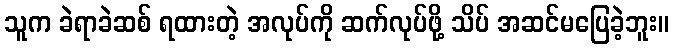
သူက ခဲရာခဲဆစ် ရထားတဲ့ အလုပ်ကို ဆက်လုပ်ဖို့ သိပ် အဆင်မပြေခဲ့ဘူး။